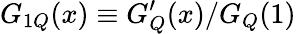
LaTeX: G_{1Q}(x)\equiv G_{Q}^{\prime}(x)/G_{Q}(1)